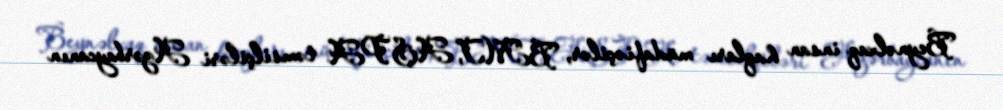
Beynəlxaq insan haqları müdafiəçilər, BMT, AŞPA təmsilçiləri Azərbaycanın